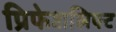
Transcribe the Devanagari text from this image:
प्रिफेशलिफ्ट